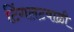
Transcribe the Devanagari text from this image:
टिंगलटवाळी